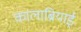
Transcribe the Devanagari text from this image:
कालाब्रियाई